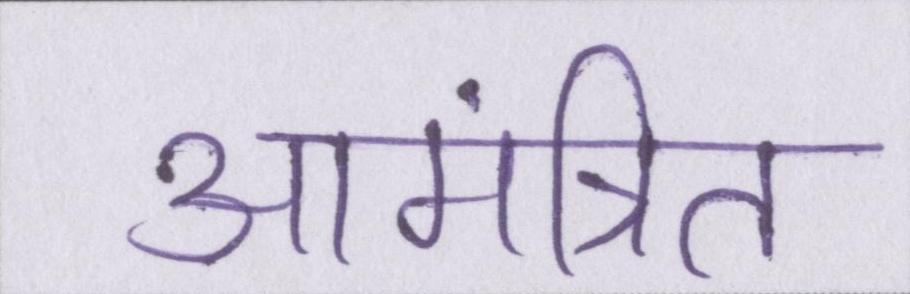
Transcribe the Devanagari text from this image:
आमंत्रित